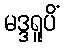
မဒ္ဒရူပိံ